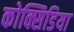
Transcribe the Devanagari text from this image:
कोक्सिडिया